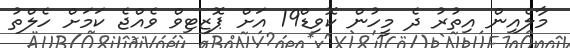
މާލެއިން އިތުރު ދެ މީހުން ކޮވިޑް19 އަށް ޕޮޒިޓިވް ވެއްޖެ ކަމަށް ހެލްތު